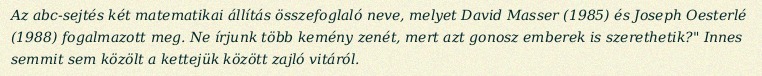
Az abc-sejtés két matematikai állítás összefoglaló neve, melyet David Masser (1985) és Joseph Oesterlé (1988) fogalmazott meg. Ne írjunk több kemény zenét, mert azt gonosz emberek is szerethetik?" Innes semmit sem közölt a kettejük között zajló vitáról.